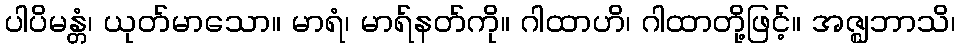
ပါပိမန္တံ၊ ယုတ်မာသော။ မာရံ၊ မာရ်နတ်ကို။ ဂါထာဟိ၊ ဂါထာတို့ဖြင့်။ အဇ္ဈဘာသိ၊